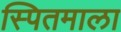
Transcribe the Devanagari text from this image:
स्पितमाला